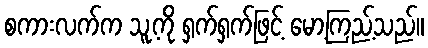
စကားလက်က သူ့ကို ရှက်ရှက်ဖြင့် မော့ကြည့်သည်။